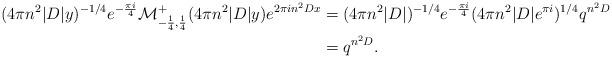
LaTeX: \begin{align*}(4\pi n^2|D|y)^{-1/4} e^{-\frac{\pi i}{4}} \mathcal{M}_{-\frac{1}{4}, \frac{1}{4}}^+(4\pi n^2|D|y) e^{2\pi in^2 Dx} &= (4\pi n^2|D|)^{-1/4} e^{-\frac{\pi i}{4}} (4\pi n^2|D|e^{\pi i})^{1/4} q^{n^2D}\\&= q^{n^2D}.\end{align*}